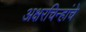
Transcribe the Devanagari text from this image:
अक्षरचिन्हांचे